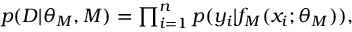
\begin{array} { r } { p ( D | \theta _ { M } , M ) = \prod _ { i = 1 } ^ { n } p ( y _ { i } | f _ { M } ( x _ { i } ; \theta _ { M } ) ) , } \end{array}